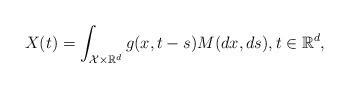
LaTeX: \begin{align*}X(t) &= \int_{\mathcal{X} \times\mathbb{R}^d}g(x,t-s)M(dx,ds), t \in \mathbb{R}^d,\end{align*}